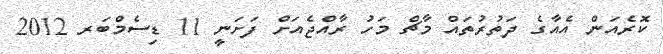
ކޮރެއަން އެއާގެ ދަތުރުތައް މާޗް މަހު ރާއްޖެއަށް ފަށަނީ 11 ޑިސެމްބަރ 2012